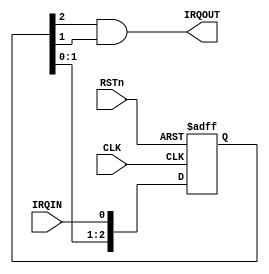
//-----------------------------------------------------------------------------
// The confidential and proprietary information contained in this file may
// only be used by a person authorised under and to the extent permitted
// by a subsisting licensing agreement from ARM Limited.
//
//            (C) COPYRIGHT 2010-2013 ARM Limited.
//                ALL RIGHTS RESERVED
//
// This entire notice must be reproduced on all copies of this file
// and copies of this file may only be made by a person if such person is
// permitted to do so under the terms of a subsisting license agreement
// from ARM Limited.
//
//      SVN Information
//
//      Checked In          : $Date: 2012-07-31 10:47:23 +0100 (Tue, 31 Jul 2012) $
//
//      Revision            : $Revision: 217027 $
//
//      Release Information : Cortex-M System Design Kit-r1p0-00rel0
//
//-----------------------------------------------------------------------------
//-----------------------------------------------------------------------------
// Abstract : IRQ synchronizer
//-----------------------------------------------------------------------------
module cmsdk_irq_sync (
  input  wire  RSTn,
  input  wire  CLK,
  input  wire  IRQIN,
  output wire  IRQOUT);

  reg  [2:0] sync_reg;
  wire [2:0] nxt_sync_reg;

  assign nxt_sync_reg = {sync_reg[1:0],IRQIN};

  always @(posedge CLK or negedge RSTn)
    begin
    if (~RSTn)
      sync_reg <= 3'b000;
    else
      sync_reg <= nxt_sync_reg;
    end

  // Only consider valid if it is high for two cycles
  assign   IRQOUT  = sync_reg[2] & sync_reg[1];

endmodule